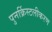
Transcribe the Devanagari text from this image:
पुनर्क्रिस्टलीकरण